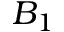
B _ { 1 }